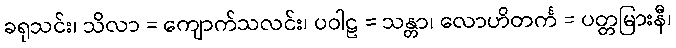
ခရုသင်း၊ သိလာ = ကျောက်သလင်း၊ ပဝါဠ = သန္တာ၊ လောဟိတင်္က = ပတ္တမြားနီ၊